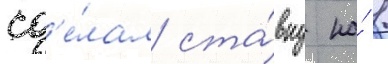
сд'е́лал ста́вку на́ 1